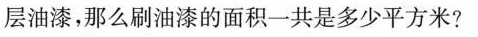
层油漆，那么刷油漆的面积一共是多少平方米?